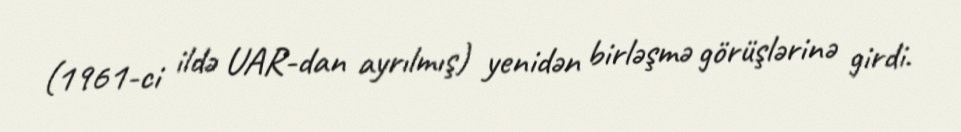
(1961-ci ildə UAR-dan ayrılmış) yenidən birləşmə görüşlərinə girdi.